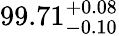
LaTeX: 99.71_{-0.10}^{~\! +0.08}